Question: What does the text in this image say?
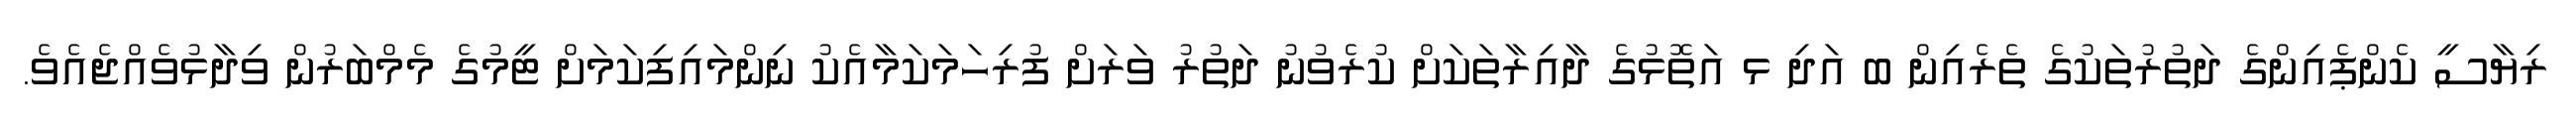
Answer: ރިޔާސީ ކެންޕެއިންގެ ދަތުރުތަކުގެ ތެރެއިން ބ އަދި ޅ އަތޮޅުގެ ދާއިރާތަކަށް ކުރެވުނު ދަތުރު ވަރަށް ފުރިހަމަކަމާއެކު ނިންމައިފިކަމަށް ޓީމުގެ މެމްބަރުން ވިދާޅުވެއްޖެއެވެ.